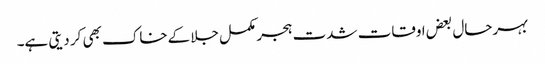
بہرحال بعض اوقات شدت ہجر مکمل جلا کےخاک بھی کر دیتی ہے۔